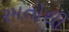
રમતોથી